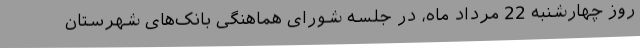
روز چهارشنبه 22 مرداد ماه، در جلسه شورای هماهنگی بانک‌های شهرستان